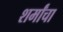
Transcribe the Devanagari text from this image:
शर्मांचा